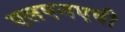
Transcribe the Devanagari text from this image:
एलएनएवी